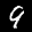
Label: 9